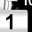
Digit: 1